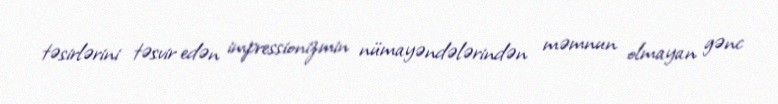
təsirlərini təsvir edən impressionizmin nümayəndələrindən məmnun olmayan gənc